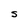
Character: S